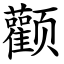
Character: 颧